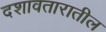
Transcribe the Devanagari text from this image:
दशावतारातील